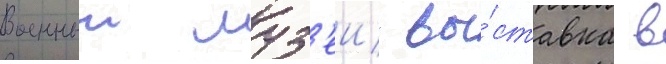
Военныи муз'еи/ вы́ставка в